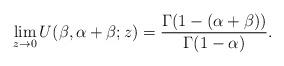
LaTeX: \begin{align*} \lim_{z\rightarrow 0} U(\beta,\alpha+\beta;z)= \frac{\Gamma(1-(\alpha+\beta))}{\Gamma(1-\alpha)}. \end{align*}